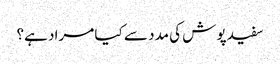
سفید پوش کی مدد سے کیا مراد ہے؟